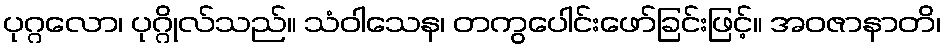
ပုဂ္ဂလော၊ ပုဂ္ဂိုလ်သည်။ သံဝါသေန၊ တကွပေါင်းဖော်ခြင်းဖြင့်။ အဝဇာနာတိ၊